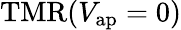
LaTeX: \mathrm{TMR}(V_{\mathrm{ap}}=0)